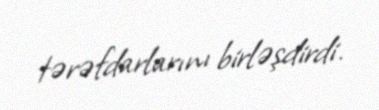
tərəfdarlarını birləşdirdi.